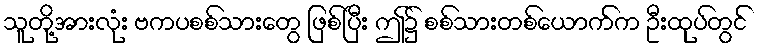
သူတို့အားလုံး ဗကပစစ်သားတွေ ဖြစ်ပြီး ဤ၌ စစ်သားတစ်ယောက်က ဦးထုပ်တွင်